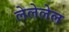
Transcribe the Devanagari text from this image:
लेलेलेल